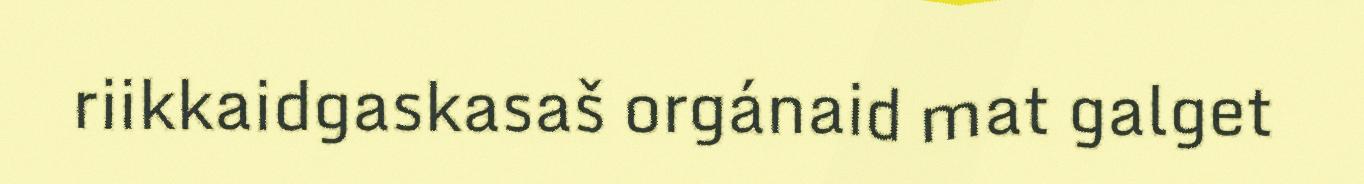
riikkaidgaskasaš orgánaid mat galget